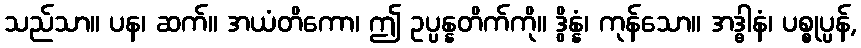
သည်သာ။ ပန၊ ဆက်။ အယံတိကော၊ ဤ ဥပ္ပန္နတိက်ကို။ ဒွိန္နံ၊ ကုန်သော။ အဒ္ဓါနံ၊ ပစ္စုပ္ပန်,